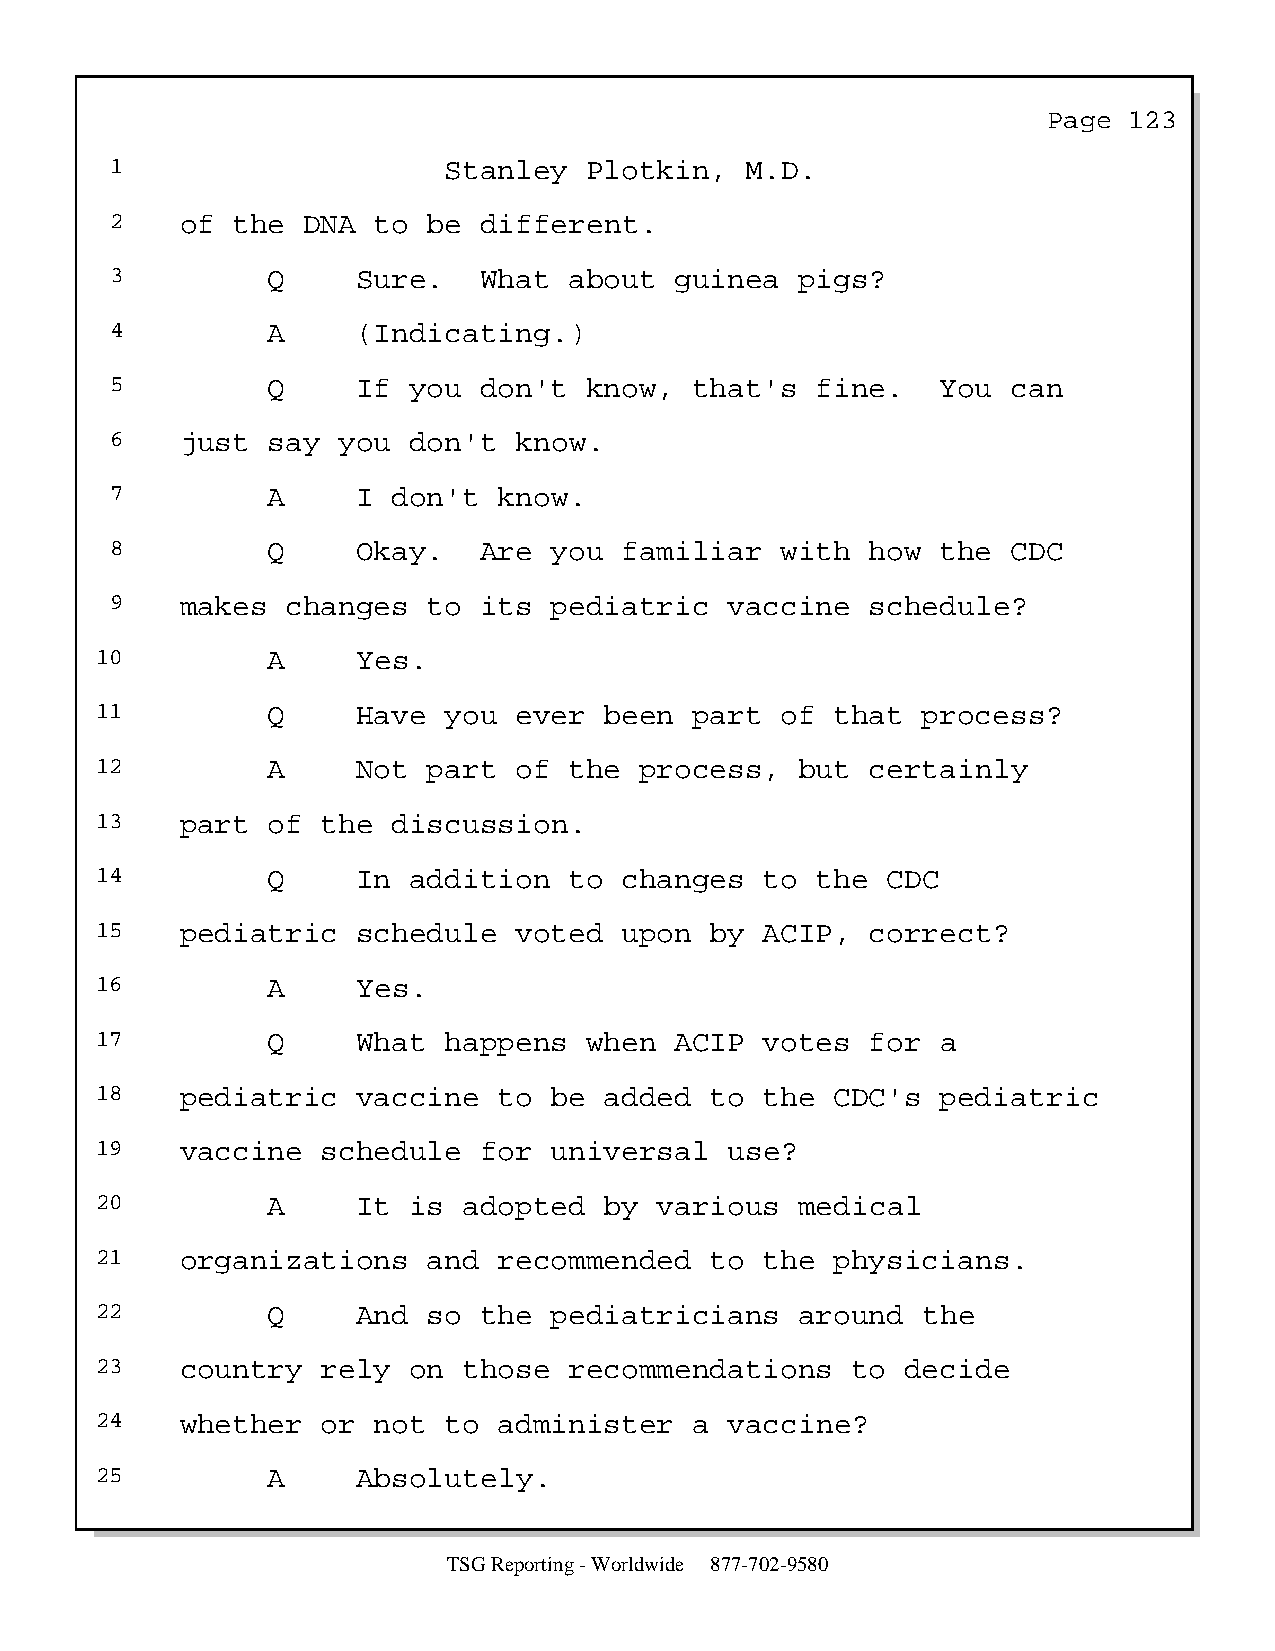
Page  123
 1                     Stanley   Plotkin,  M.D.
 2    of the  DNA  to be  different.
 3          Q     Sure.   What  about  guinea  pigs?
 4          A     (Indicating.)
 5          Q     If you  don't  know,  that's  fine.   You  can
 6    just  say you  don't  know.
 7          A     I don't  know.
 8          Q     Okay.   Are you  familiar   with  how the  CDC
 9    makes  changes  to  its pediatric   vaccine   schedule?
 10          A     Yes.
 11          Q     Have you  ever  been  part  of that  process?
 12          A     Not part  of  the process,   but  certainly
 13    part  of the  discussion.
 14          Q     In addition   to changes   to the  CDC
 15    pediatric   schedule  voted  upon  by  ACIP,  correct?
 16          A     Yes.
 17          Q     What happens   when  ACIP  votes  for a
 18    pediatric   vaccine  to be  added  to  the CDC's  pediatric
 19    vaccine  schedule   for universal   use?
 20          A     It is  adopted  by  various  medical
 21    organizations   and  recommended   to  the physicians.
 22          Q     And so  the pediatricians    around  the
 23    country  rely  on  those  recommendations   to  decide
 24    whether  or  not to  administer   a vaccine?
 25          A     Absolutely.
 TSG Reporting - Worldwide 877-702-9580